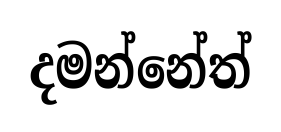
දමන්නේත්